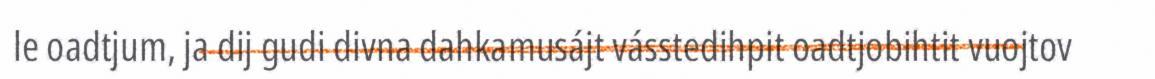
le oadtjum, ja dij gudi divna dahkamusájt vásstedihpit oadtjobihtit vuojtov